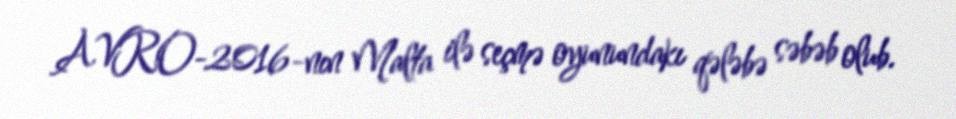
AVRO-2016-nın Malta ilə seçmə oyunundakı qələbə səbəb olub.